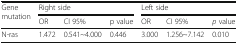
| <ROWSPAN=2> Gene mutation | <COLSPAN=3> Right side | <COLSPAN=3> Left side |
 | OR | CI 95% | p value | OR | CI 95% | p value |
 | --- | --- | --- | --- | --- | --- | --- |
 | N-ras | 1.472 | 0.541~4.000 | 0.446 | 3.000 | 1.256~7.142 | 0.010 |